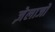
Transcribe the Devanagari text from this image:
ज़ेलाजो